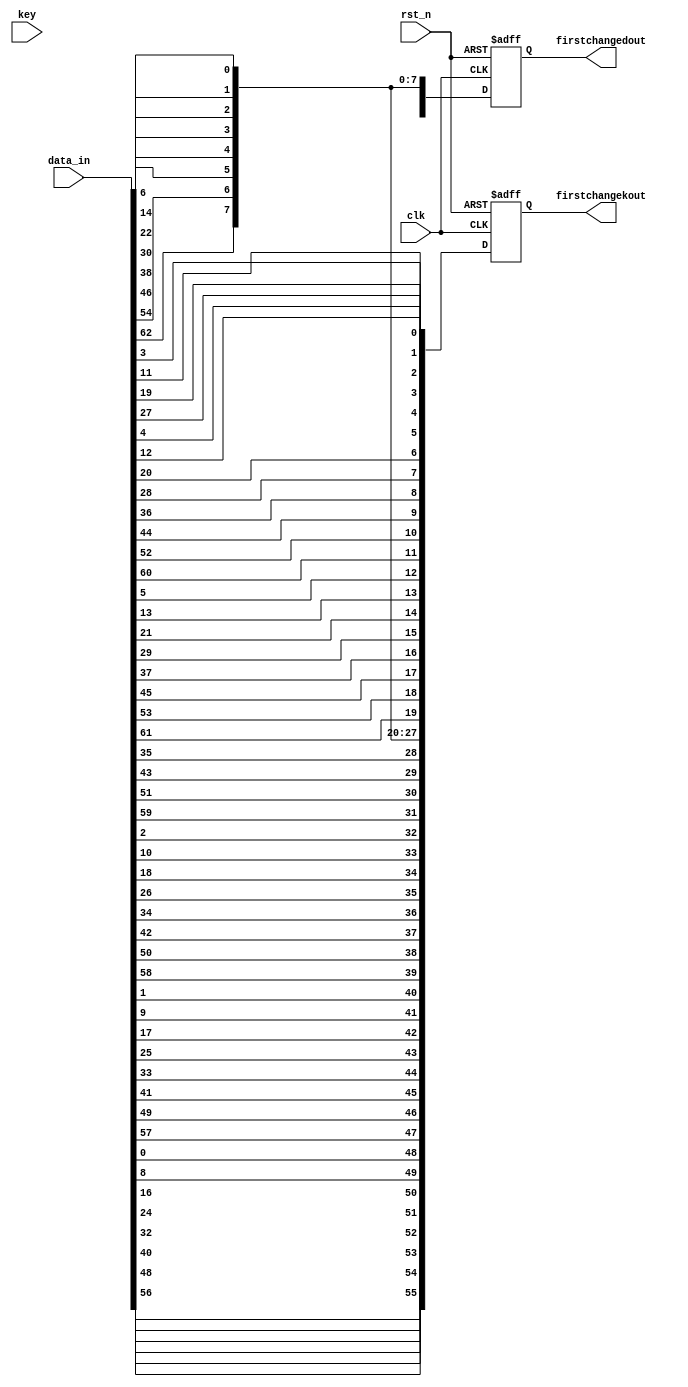
`timescale 1ns / 1ps
//////////////////////////////////////////////////////////////////////////////////
// Company: 
// Engineer: 
// 
// Design Name: 
// Module Name:    firstchange 
// Project Name: 
// Target Devices: 
// Tool versions: 
// Description: 
//
// Dependencies: 
//
// Revision: 
// Revision 0.01 - File Created
// Additional Comments: 
//
//////////////////////////////////////////////////////////////////////////////////
module firstchange(
    input [64:1] key,
    input [64:1] data_in,
    input clk,
    input rst_n,
    output reg [64:1] firstchangedout,
    output reg [56:1] firstchangekout
    );
always @(posedge clk or negedge rst_n) //
if(!rst_n)
   begin 
	  firstchangedout <= 64'h00000000;
	  firstchangekout <= 56'h0000000;
	end
else
   begin 
     firstchangedout <= { data_in[58],data_in[50],data_in[42],data_in[34],data_in[26],data_in[18],data_in[10],data_in[2],
                          data_in[60],data_in[52],data_in[44],data_in[36],data_in[28],data_in[20],data_in[12],data_in[4],
                          data_in[62],data_in[54],data_in[46],data_in[38],data_in[30],data_in[22],data_in[14],data_in[6],
                          data_in[64],data_in[56],data_in[48],data_in[40],data_in[32],data_in[24],data_in[16],data_in[8],
								  data_in[57],data_in[49],data_in[41],data_in[33],data_in[25],data_in[17],data_in[9], data_in[1],
                          data_in[59],data_in[51],data_in[43],data_in[35],data_in[27],data_in[19],data_in[11],data_in[3],
                          data_in[61],data_in[53],data_in[45],data_in[37],data_in[29],data_in[21],data_in[13],data_in[5],
                          data_in[63],data_in[55],data_in[47],data_in[39],data_in[31],data_in[23],data_in[15],data_in[7]};
								  
	  firstchangekout <= { data_in[57],data_in[49],data_in[41], data_in[33],data_in[25],data_in[17],data_in[9],
                          data_in[1],data_in[58],data_in[50], data_in[42],data_in[34],data_in[26],data_in[18],
                          data_in[10],data_in[2],data_in[59], data_in[51],data_in[43],data_in[35],data_in[27],
                          data_in[19],data_in[11],data_in[3], data_in[60],data_in[52],data_in[44],data_in[36],
								  data_in[63],data_in[55],data_in[47],data_in[39],data_in[31],data_in[23],data_in[15],
                          data_in[7], data_in[62],data_in[54],data_in[46],data_in[38],data_in[30],data_in[22],
                          data_in[14],data_in[6], data_in[61],data_in[53],data_in[45],data_in[37],data_in[29],
                          data_in[21],data_in[13],data_in[5], data_in[28],data_in[20],data_in[12], data_in[4]};
	end		  
	
endmodule